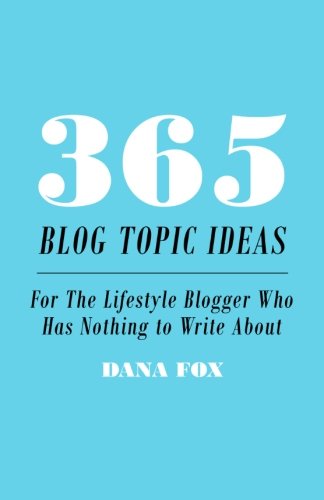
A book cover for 365 Blog Topic Ideas: For The Lifestyle Blogger Who Has Nothing to Write About; Dana Fox; Computers & Technology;